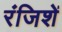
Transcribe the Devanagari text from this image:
रंजिशें